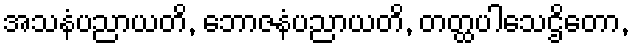
အသနံပညာယတိ, ဘောဇနံပညာယတိ, တတ္ထပါသေဌိတော,